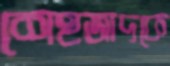
শেহজাদকে